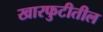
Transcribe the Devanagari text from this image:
खारफुटीतील